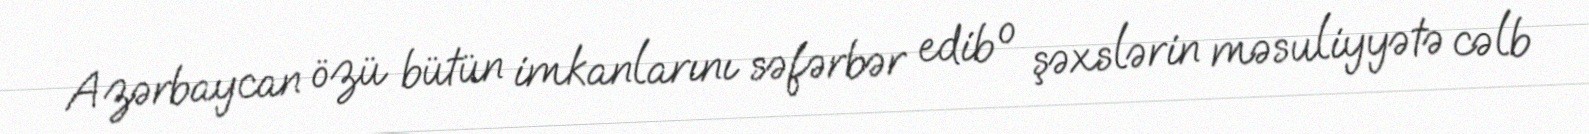
Azərbaycan özü bütün imkanlarını səfərbər edib o şəxslərin məsuliyyətə cəlb